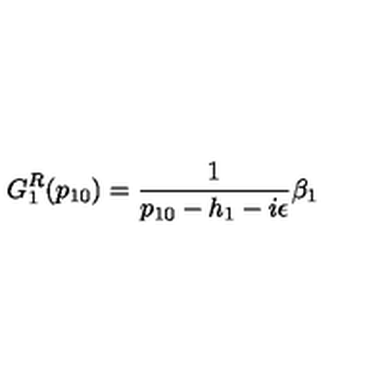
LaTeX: G _ { 1 } ^ { R } ( p _ { 1 0 } ) = { \frac { 1 } { p _ { 1 0 } - h _ { 1 } - i \epsilon } } \beta _ { 1 }